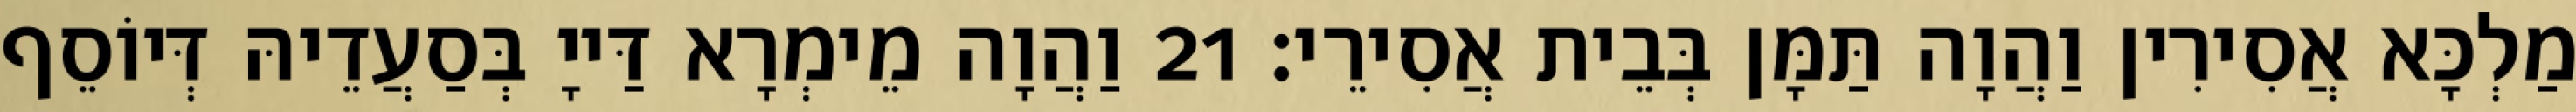
מַלְכָּא אֲסִירִין וַהֲוָה תַּמָּן בְּבֵית אֲסִירֵי׃ 21 וַהֲוָה מֵימְרָא דַּייָ בְּסַעֲדֵיהּ דְּיוֹסֵף